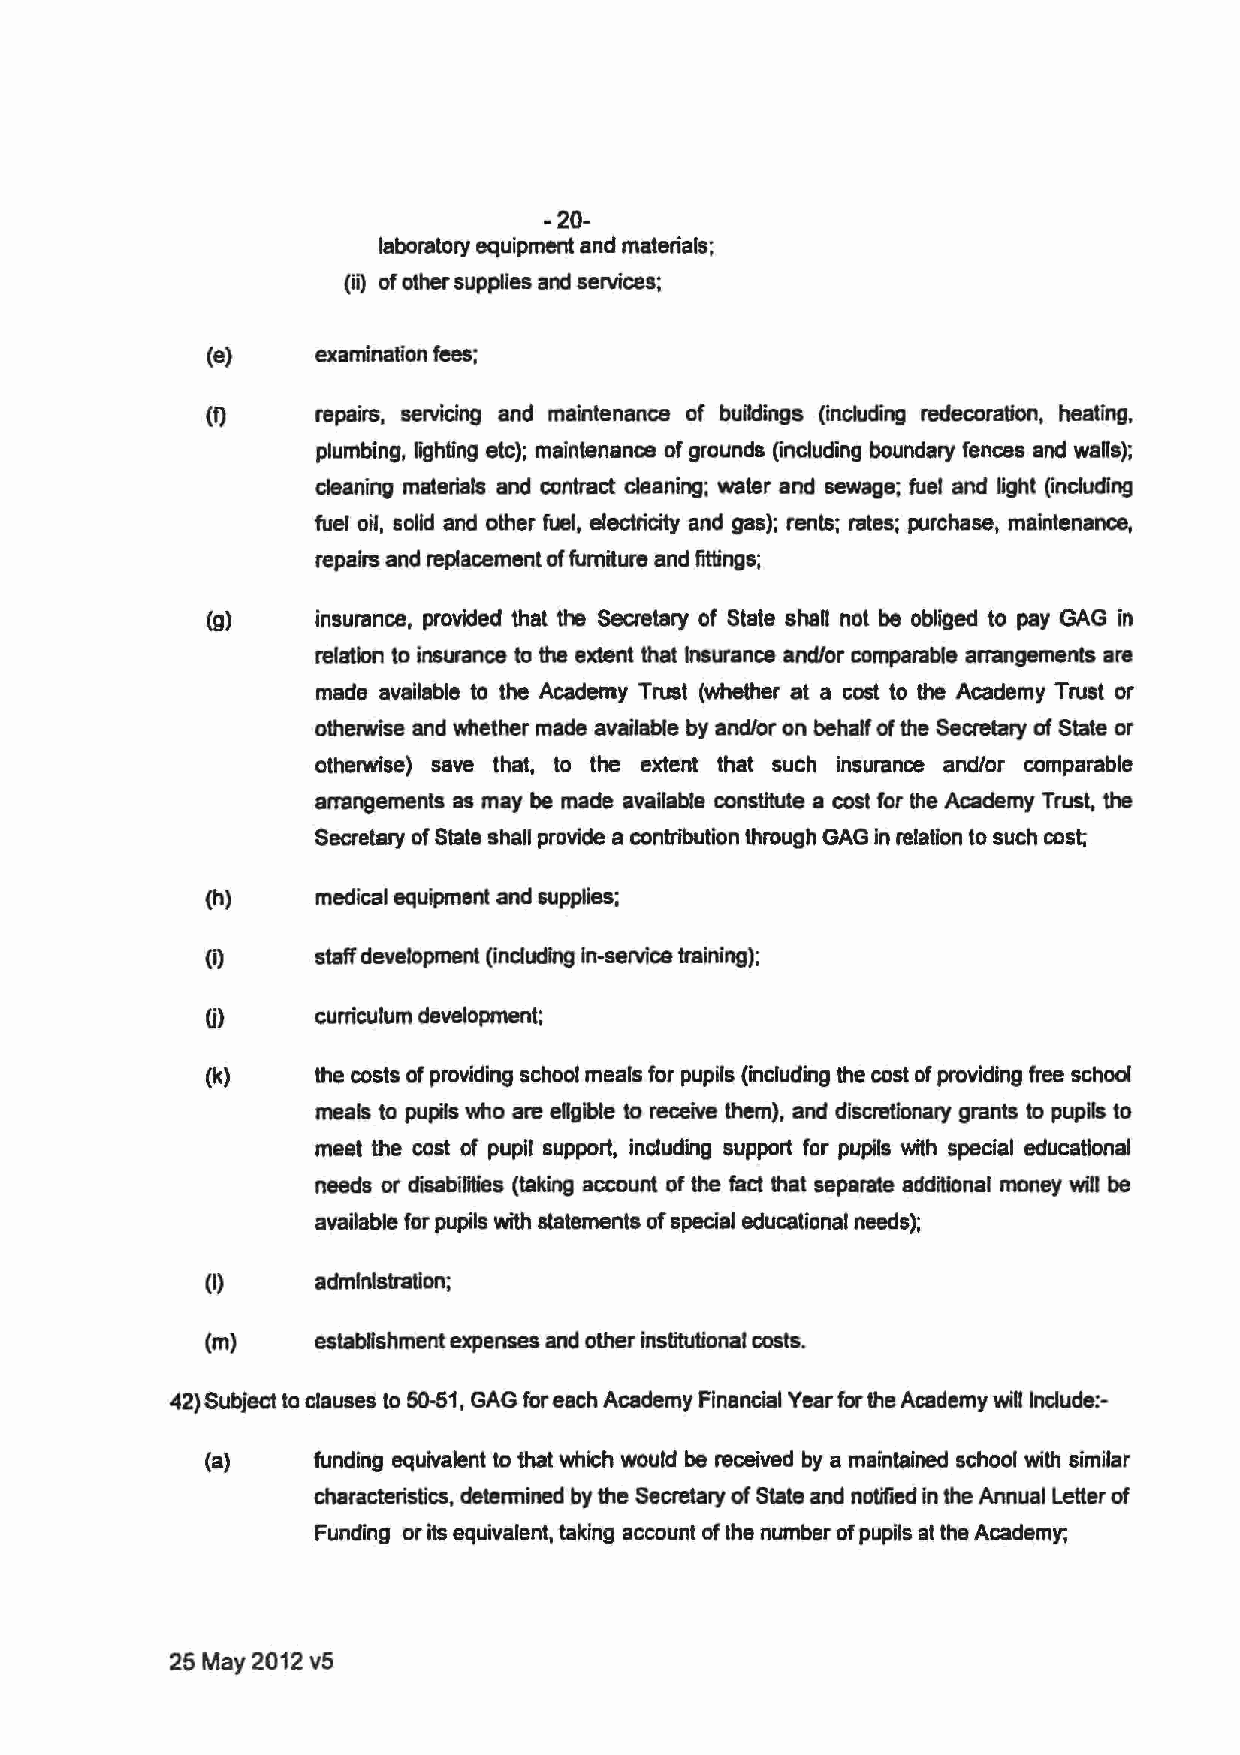
-20-
 laboratory equipment and materials;
 (iij of other supplies and services;
 (e)    examination fees;
 (f)    repairs, seMCing and maintenance of buildings (including redecoration, heating,
 plumbing, fighting etc); maintenance of grounds (including boundary fences and walls);
 cleaning materials and contract cleaning; water and sewage; fuel and light (including
 fuel oil, solid and other fuel, electricity and gas); rents; rates; purchase, maintenance,
 repairs and replacement of furniture and fittings;
 (g)    insurance, provided that the Secretary of State shall not be obliged to pay GAG in
 relation to insurance to the extent that Insurance and/or comparable arrangements are
 made available to the Academy Trust (whether at a cost to the Academy Trust or
 otherwise and whether made available by and/or on behalf of the Secretary of State or
 otherwise) save that, to the extent that such insurance and/or comparable
 arrangements as may be made available consUMe a cost for the Academy Trust, the
 Secretary of State shall provide a contribution through GAG In relation to such cost;
 (h)    medical equipment and supplies;
 (i)    staff development (including In-service training);
 (i)    curriculum development;
 (k)    the costs of providing school meals for pupils (including the cost of providing free school
 meals to pupils who are eligible to receive them), and discretionary grants to pupils to
 meet the cost of pupil support, including support for pupils with special educational
 needs or disabirlties (taking account of the fad that separate additional money will be
 available for pupils with statements of special educational needs);
 (I)    administration;
 (m)    establishment expenses and other institutional costs.
 42) Subject to clauses to 50-51, GAG for each Academy Financial Year for the Academy will Include:-
 (a)    funding equivalent to that which would be received by a maintained school with similar
 characteristics, detennined by the Secretary of State and notified in the Annual Letter of
 Funding or its equivalent, taking account of the number of pupils at the Academy;
 25 May 2012 v5